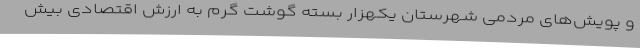
و پویش‌های مردمی شهرستان یکهزار بسته گوشت گرم به ارزش اقتصادی بیش